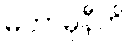
မဟာမုနီတိ